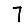
Digit: 7